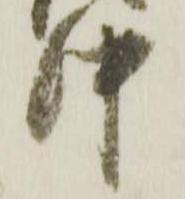
中